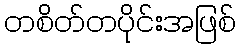
တစိတ်တပိုင်းအဖြစ်